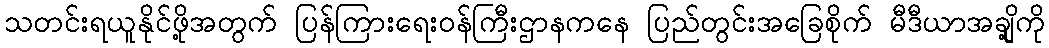
သတင်းရယူနိုင်ဖို့အတွက် ပြန်ကြားရေးဝန်ကြီးဌာနကနေ ပြည်တွင်းအခြေစိုက် မီဒီယာအချို့ကို